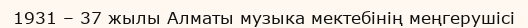
1931 – 37 жылы Алматы музыка мектебінің меңгерушісі